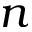
n